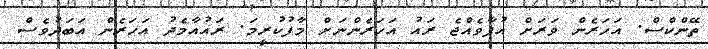
ތޭންކްސް. އަހަރެން ވަރަށް އުފާވެއްޖެ ރައު އަހަރެންނަށް މާފުކުރީމަ. ރައުއާމެދު އަހަރެން އަބަދުވެސް